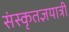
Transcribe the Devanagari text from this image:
संस्कृतज्ञयात्री